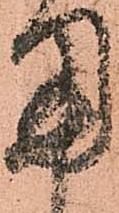
用